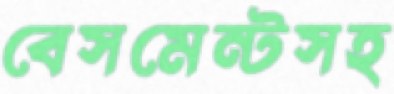
বেসমেন্টসহ